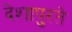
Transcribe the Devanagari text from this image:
देशापुरते